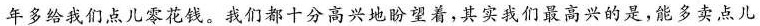
年多给我们点儿零花钱。我们都十分高兴地盼望着，其实我们最高兴的是，能多卖点儿